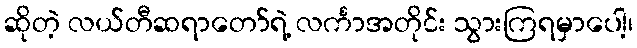
ဆိုတဲ့ လယ်တီဆရာတော်ရဲ့ လင်္ကာအတိုင်း သွားကြရမှာပေါ့၊